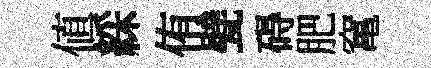
値綵侑甓碍肥𥧄